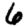
Digit: 6